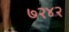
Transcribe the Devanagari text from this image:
७२४२